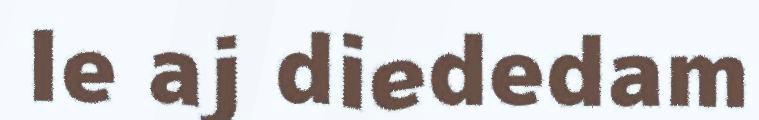
le aj diededam